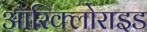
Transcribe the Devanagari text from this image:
ऑरिक्लोराइड